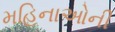
મહિનાઓની